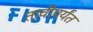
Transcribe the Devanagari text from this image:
तावीपर्यंत